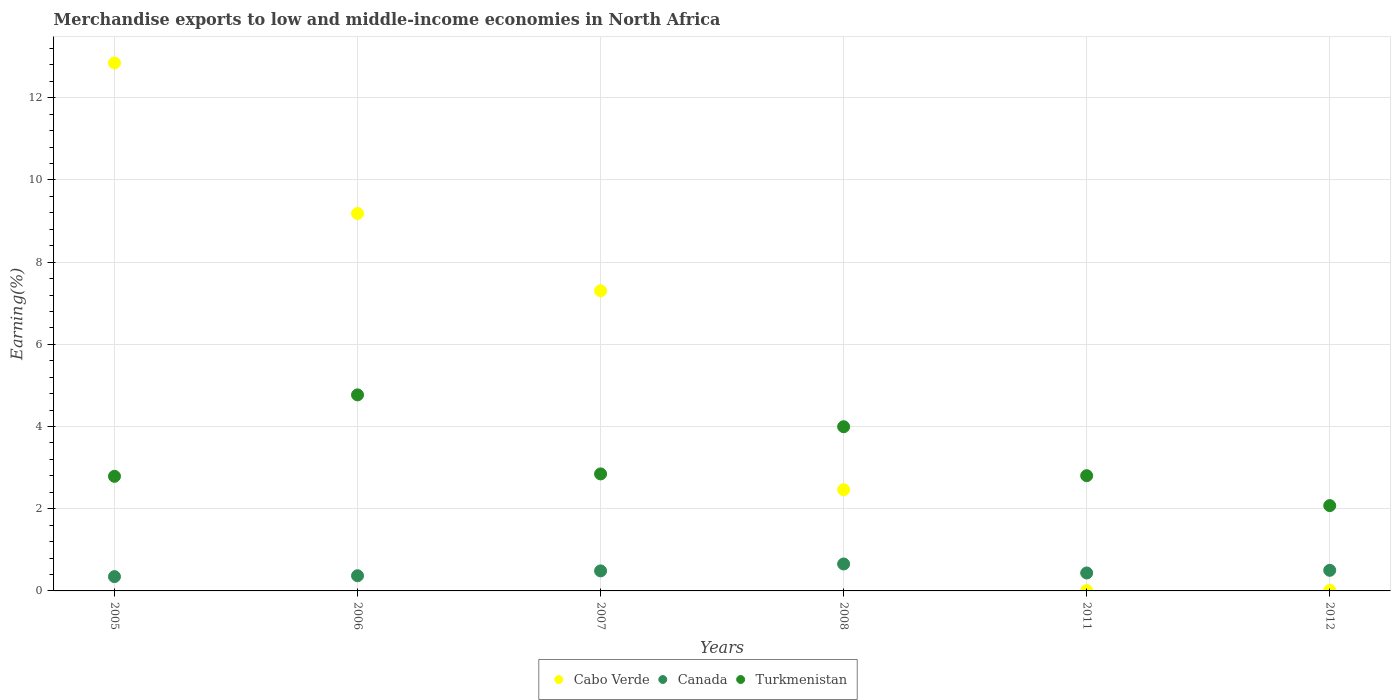
| Years | Cabo Verde | Canada | Turkmenistan |
 | --- | --- | --- | --- |
 | 2005 | 12.8 | 0.348 | 2.79 |
 | 2006 | 9.18 | 0.37 | 4.77 |
 | 2007 | 7.3 | 0.487 | 2.85 |
 | 2008 | 2.46 | 0.656 | 4 |
 | 2011 | 0.00833 | 0.437 | 2.8 |
 | 2012 | 0.0137 | 0.501 | 2.08 |